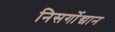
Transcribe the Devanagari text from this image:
निसर्गोद्यान